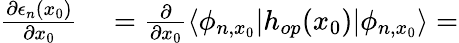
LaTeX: \begin{array}{rl}{\frac{\partial\epsilon_{n}(x_{0})}{\partial x_{0}}}&{{}=\frac{\partial}{\partial x_{0}}\langle\phi_{n,x_{0}}|h_{op}(x_{0})|\phi_{n,x_{0}}\rangle=}\end{array}